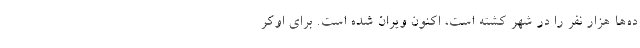
ده‌ها هزار نفر را در شهر کشته است، اکنون ویران شده است. برای اوکر